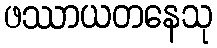
ဖဿာယတနေသု